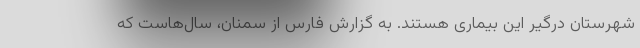
شهرستان درگیر این بیماری هستند. به گزارش فارس از سمنان، سال‌هاست که